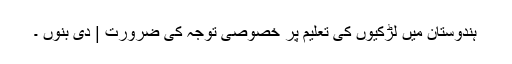
ہندوستان میں لڑکیوں کی تعلیم پر خصوصی توجہ کی ضرورت | دی بنوں ۔